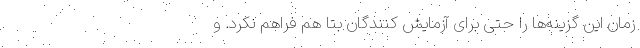
زمان این گزینه‌ها را حتی برای آزمایش کنندگان بتا هم فراهم نکرد. و